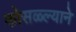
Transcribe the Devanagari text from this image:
कोसळ्ल्याने